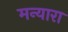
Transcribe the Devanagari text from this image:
मन्यारा